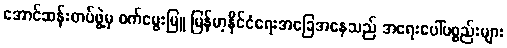
အောင်ဆန်းတပ်ဖွဲ့မှ ဝက်မွေးမြူ မြန်မာ့နိုင်ငံရေးအခြေအနေသည် အရေးပေါ်ပစ္စည်းများ